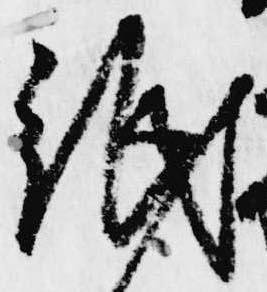
紙